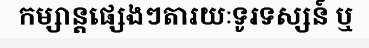
កម្សាន្តផ្សេងៗតារយៈទូរទស្សន៍ ឬ